Lunatic asylums United Provinces 1909-1921 - 1909-1921
Year: 1909
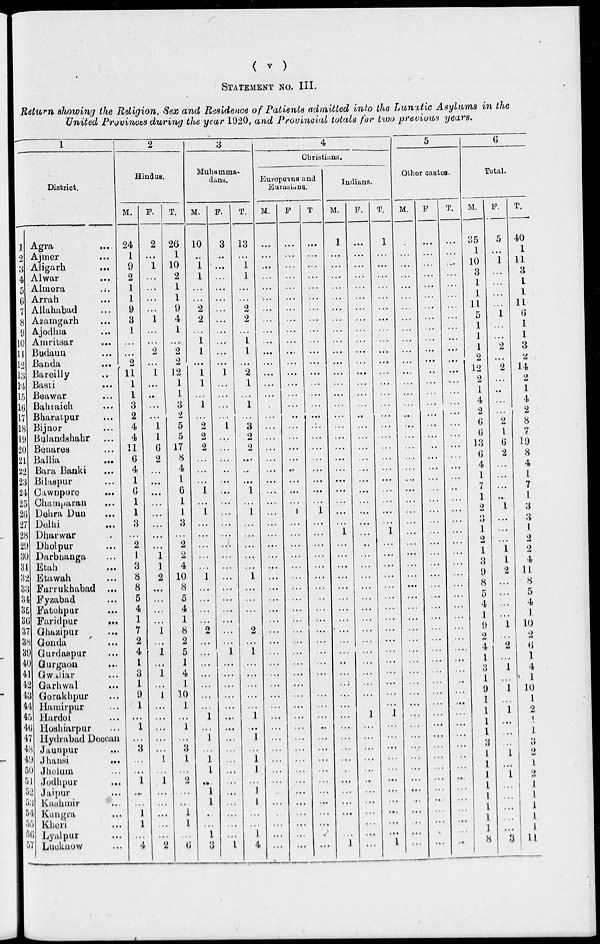
( v )
STATEMENT NO. III.
Return showing the Religion, Sex and Residence of Patients admitted into the Lunatic Asylums in the
United Provinces during the year 1920, and Provincial totals for two previous years.
1
District.
1
2
3
4
5
6
7
8
9
10
11
12
13
14
15
16
17
18
19
20
21
22
23
24
25
26
27
28
29
30
31
32
33
34
35
36
37
38
39
40
41
42
43
44
45
46
47
48
49
50
51
52
53
54
55
56
57
Agra ...
Ajmer ...
Aligarh ...
Alwar ...
Almora ...
Arrah ...
Allahabad ...
Azamgarh ...
Ajodhia ...
Amritsar
...
Budaun ...
Banda ...
Bareilly ...
Basti ...
Beawar ...
Bahraich ...
Bharatpur ...
Bijnor ...
Bulandshahr ...
Benares ...
Ballia ...
Bura Banki ...
Bilaspur ...
Cawnpore ...
Champaran
...
Dehra Dun ...
Delhi ...
Dharwar ...
Dholpur ...
Darbhanga ...
Etah ...
Etawah ...
Farrukhabad ...
Fyzabad ...
Fatehpur ...
Faridpur
...
Ghazipur ...
Gonda ...
Gurdaspur ...
Gurgaon ...
Gwaliar ...
Garhwal ...
Gorakhpur ...
Hamirpur ...
Hardoi ...
Hoshiarpur ...
Hydrabad Deccan
Jaunpur ...
Jhansi
...
Jhelum ...
Jodhpur
...
Jaipur ...
Kashmir ...
Kangra
...
Kheri ...
Lyalpur ...
Lucknow ...
2
Hindus.
M.
24
1
9
2
1
1
9
3
1
...
...
2
11
1
1
3
2
4
4
11
6
4
1
6
1
1
3
...
2
1
3
8
8
5
4
1
7
2
4
1
3
1
9
1
...
1
...
3
...
...
1
...
...
1
1
...
4
F.
2
...
1
...
...
...
...
1
...
...
2
...
1
...
...
...
...
1
1
6
2
...
...
...
...
...
...
...
...
1
1
2
...
...
...
...
1
...
1
...
1
...
1
...
...
...
...
...
1
...
1
...
...
...
...
...
2
T.
26
1
10
2
1
1
9
4
1
...
2
2
12
1
1
3
2
5
5
17
8
4
1
6
1
1
3
...
2
2
4
10
8
5
4
1
8
2
5
1
4
1
10
1
...
1
...
3
1
...
2
...
...
1
1
...
6
3
Muhamma-
dans.
M.
10
...
1
1
...
...
2
2
...
1
1
...
1
1
...
1
...
2
2
2
...
...
...
1
...
1
...
...
...
...
...
1
...
...
...
...
2
...
...
...
...
...
...
...
1
...
1
...
1
1
...
1
1
...
...
1
3
F.
3
...
...
...
...
...
...
...
...
...
...
...
1
...
...
...
...
1
...
...
...
...
...
...
...
...
...
...
...
...
...
...
...
...
...
...
...
...
1
...
...
...
...
...
...
...
...
...
...
...
...
...
...
...
...
...
1
T.
13
...
1
1
...
...
2
2
...
1
1
...
2
1
...
1
...
3
2
2
...
...
...
1
...
1
...
...
...
...
...
1
...
...
...
...
2
...
1
...
...
...
...
...
1
...
1
...
1
1
...
1
1
...
...
1
4
4
Christians.
Europeans and
Eurasians.
M.
...
...
...
...
...
...
...
...
...
...
...
...
...
...
...
...
...
...
...
...
...
...
...
...
...
...
...
...
...
...
...
...
...
...
...
...
...
...
...
...
...
...
...
...
...
...
...
...
...
...
...
...
...
...
...
...
...
F
...
...
...
...
...
...
...
...
...
...
...
...
...
...
...
...
...
...
...
...
...
...
...
...
...
1
...
...
...
...
...
...
...
...
...
...
...
...
...
...
...
...
...
...
...
...
...
...
...
...
...
...
...
...
...
...
...
T.
...
...
...
...
...
...
...
...
...
...
...
...
...
...
...
...
...
...
...
...
...
...
...
...
...
1
...
...
...
...
...
...
...
...
...
...
...
...
...
...
...
...
...
...
...
...
...
...
...
...
...
...
...
...
...
...
...
Indians.
M.
1
...
...
...
...
...
...
...
...
...
...
...
...
...
...
...
...
...
...
...
...
...
...
...
...
...
...
1
...
...
...
...
...
...
...
...
...
...
...
...
...
...
...
...
...
...
...
...
...
...
...
...
...
...
...
...
1
F.
....
...
...
...
...
...
...
...
...
...
...
...
...
...
...
...
...
...
...
...
...
...
...
...
...
...
...
...
...
...
...
...
...
...
...
...
...
...
...
...
...
...
...
...
1
...
...
...
...
...
...
...
...
...
...
...
...
T.
1
...
...
...
...
...
...
...
...
...
...
...
...
...
...
...
...
...
...
...
...
...
...
...
...
...
...
1
...
...
...
...
...
...
...
...
...
...
...
...
...
...
...
...
1
...
...
...
...
...
...
...
...
...
...
...
1
5
Other castes.
M.
...
...
...
...
...
...
...
...
...
...
...
...
...
...
...
...
...
...
...
...
...
...
...
...
...
...
...
...
...
...
...
...
...
...
...
...
...
...
...
...
...
...
...
...
...
...
...
...
...
...
...
...
...
...
...
...
...
F.
...
...
...
...
...
...
...
...
...
...
...
...
...
...
...
...
...
...
...
...
...
...
...
...
...
...
...
...
...
...
...
...
...
...
...
...
...
...
...
...
...
...
...
...
...
...
...
...
...
...
...
...
...
...
...
...
...
T.
...
...
...
...
...
...
...
...
...
...
...
...
...
...
...
...
...
...
...
...
...
...
...
...
...
...
...
...
...
...
...
...
...
...
...
...
...
...
...
...
...
...
...
...
...
...
...
...
...
...
...
...
...
...
...
...
...
6
Total.
M.
35
1
10
3
1
1
11
5
1
1
1
2
12
2
1
4
2
6
6
13
6
4
1
7
1
2
3
1
2
1
3
9
8
5
4
1
9
2
4
1
3
1
9
1
1
1
1
3
1
1
1
1
1
1
1
1
8
F.
5
...
1
...
...
...
...
1
...
...
2
...
2
...
...
...
...
2
1
6
2
...
...
...
...
1
...
...
...
1
1
2
...
...
...
...
1
...
2
...
1
...
1
...
1
...
...
...
1
...
1
...
...
...
...
...
3
T.
40
1
11
3
1
1
11
6
1
1
3
2
14
2
1
4
2
8
7
19
8
4
1
7
1
3
3
1
2
2
4
11
8
5
4
1
10
2
6
1
4
1
10
1
2
1
1.
3
2
1
2
1
1
1
1
1
11